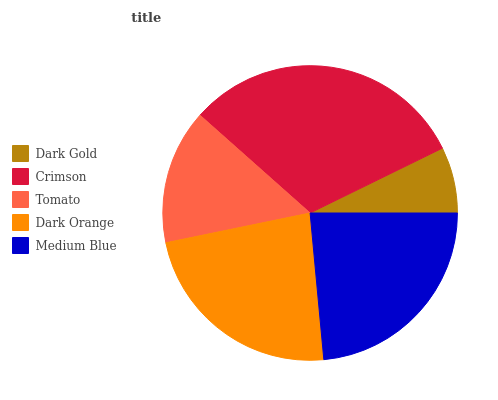
| Dark Gold | Crimson | Tomato | Dark Orange | Medium Blue |
 | --- | --- | --- | --- | --- |
 | 7.24% | 31.2% | 14.8% | 23.2% | 23.6% |